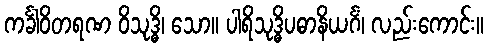
ကင်္ခါဝိတရဏ ဝိသုဒ္ဓိ၊ သော။ ပါရိသုဒ္ဓိပဓာနိယင်္ဂံ၊ လည်းကောင်း။